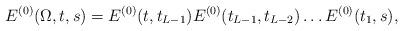
LaTeX: \begin{align*}E^{(0)}(\Omega,t,s)=E^{(0)}(t,t_{L-1}) E^{(0)}(t_{L-1},t_{L-2})\ldots E^{(0)}(t_1,s),\end{align*}